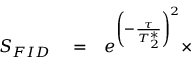
\begin{array} { r l r } { S _ { F I D } } & { { } = } & { e ^ { \left( - \frac { \tau } { T _ { 2 } ^ { * } } \right) ^ { 2 } } \times } \end{array}